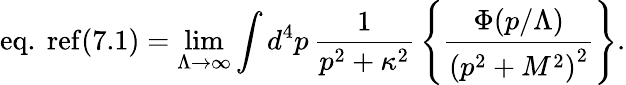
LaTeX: \mathrm{eq.\ ref{(7.1)}}=\operatorname*{lim}_{\Lambda\to\infty}\int d^{4}p\, {\frac{1}{p^{2}+\kappa^{2}}}\left\{ {\frac{\Phi(p/\Lambda)}{\left(p^{2}+M^{2}\right)^{2}}}\right\} .